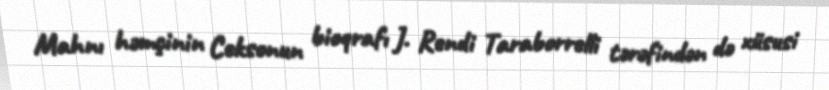
Mahnı həmçinin Ceksonun bioqrafı J. Rendi Taraborrelli tərəfindən də xüsusi